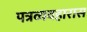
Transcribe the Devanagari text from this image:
पत्रव्यवहारास